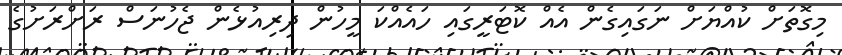
މިގޮތަށް ކުއްޔަށް ނަގައިގެން އެއް ކޮޓަރީގައި ހައެއްކަ މީހުން ދިރިއުޅެން ޖެހުނަސް ރަށްރަށުގެ